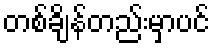
တစ်ချိန်တည်းမှာပင်